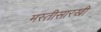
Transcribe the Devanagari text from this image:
मस्तीसारखी